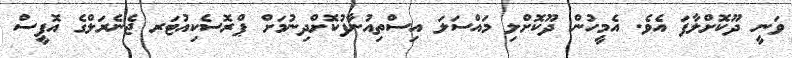
ވަނީ ދޫކޮށްލާފަ އެވެ. އެމީހުން ދޫކޮށްލި މައްސަލަ އިސްތިއުނާފުކޮށްދިނުމަށް ޕްރޮސެކިއުޓަރ ޖެނެރަލްގެ އޮފީސް